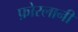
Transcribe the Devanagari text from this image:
फ़ोरलानी